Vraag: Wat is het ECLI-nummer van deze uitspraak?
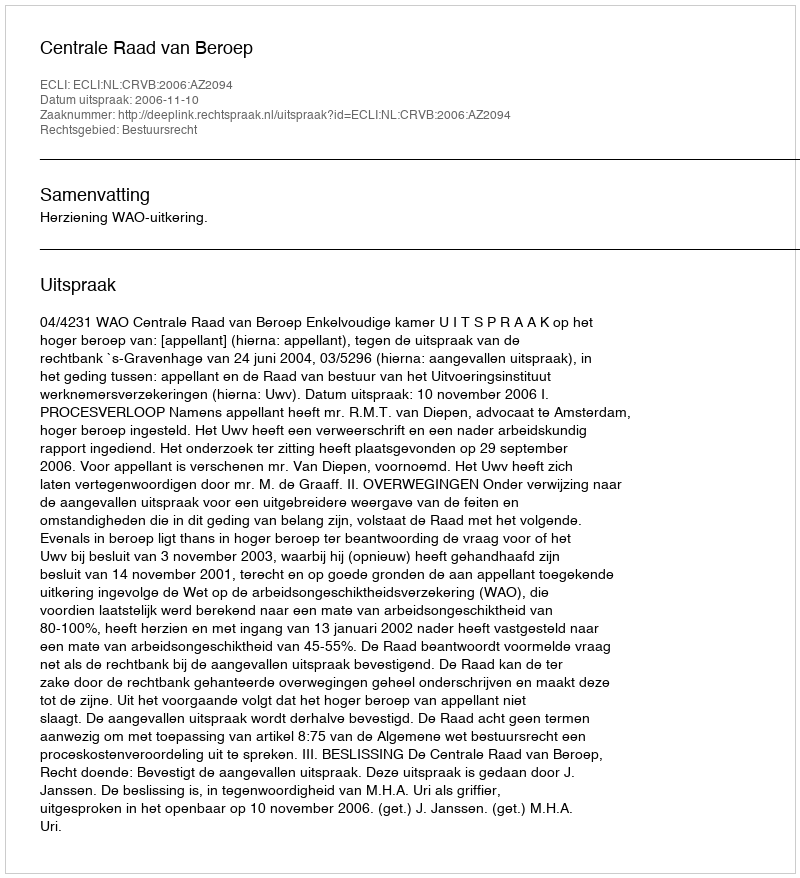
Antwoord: ECLI:NL:CRVB:2006:AZ2094